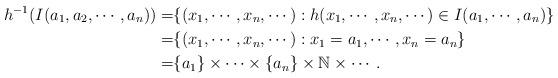
LaTeX: \begin{align*}h^{-1}(I(a_1, a_2, \cdots, a_n))= &\{(x_1, \cdots, x_n, \cdots): h(x_1, \cdots, x_n, \cdots) \in I(a_1, \cdots, a_n)\}\\=&\{(x_1, \cdots, x_n, \cdots): x_1= a_1, \cdots, x_n= a_n\}\\=&\{a_1\}\times\cdots\times\{a_n\}\times\mathbb{N}\times \cdots.\end{align*}